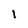
Character: l